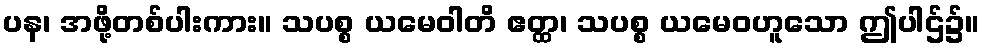
ပန၊ အဖို့တစ်ပါးကား။ သပစ္စ ယမေဝါတိ ဧတ္ထ၊ သပစ္စ ယမေဝဟူသော ဤပါဌ်၌။